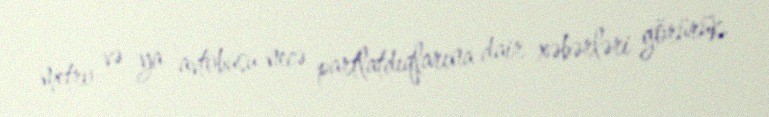
metro və ya avtobusu necə partlatdıqlarına dair xəbərləri görürük.